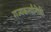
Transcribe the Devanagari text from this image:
राज्यकर्त्यांनीही